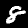
Label: 8